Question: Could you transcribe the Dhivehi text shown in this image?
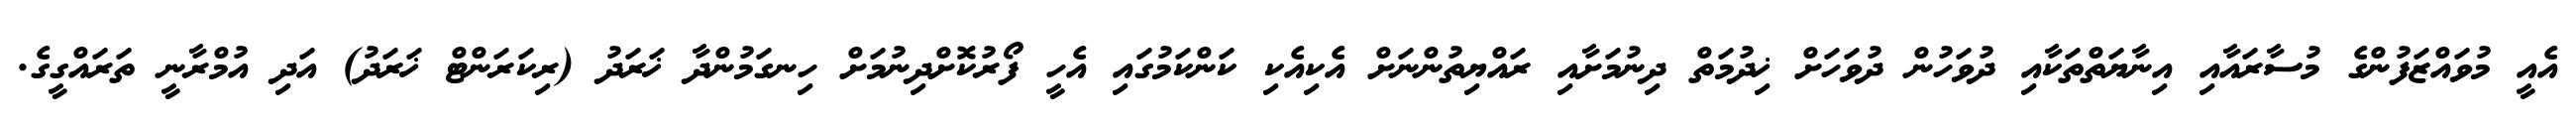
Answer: އެއީ މުވައްޒަފުންގެ މުސާރައާއި އިނާޔަތްތަކާއި ދުވަހުން ދުވަހަށް ޚިދުމަތް ދިނުމަށާއި ރައްޔިތުންނަށް އެކިއެކި ކަންކަމުގައި އެހީ ފޯރުކޮށްދިނުމަށް ހިނގަމުންދާ ޚަރަދު (ރިކަރަންޓް ޚަރަދު) އަދި އުމްރާނީ ތަރައްގީގެ.